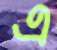
এ